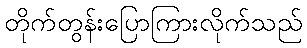
တိုက်တွန်းပြောကြားလိုက်သည်